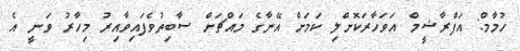
ހުމާމް: އަފްރާޝީމް އަވަހާރަކޮށްލި ކަމަށް އޭނާގެ މައްޗަށް ސާބިތުވެފައިވާއިރު މިހާރު ވަނީ އެ